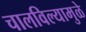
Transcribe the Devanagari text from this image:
चालविल्यामुळे